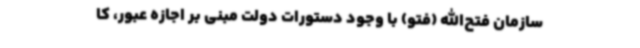
سازمان فتح‌الله (فتو) با وجود دستورات دولت مبنی بر اجازه عبور، کا